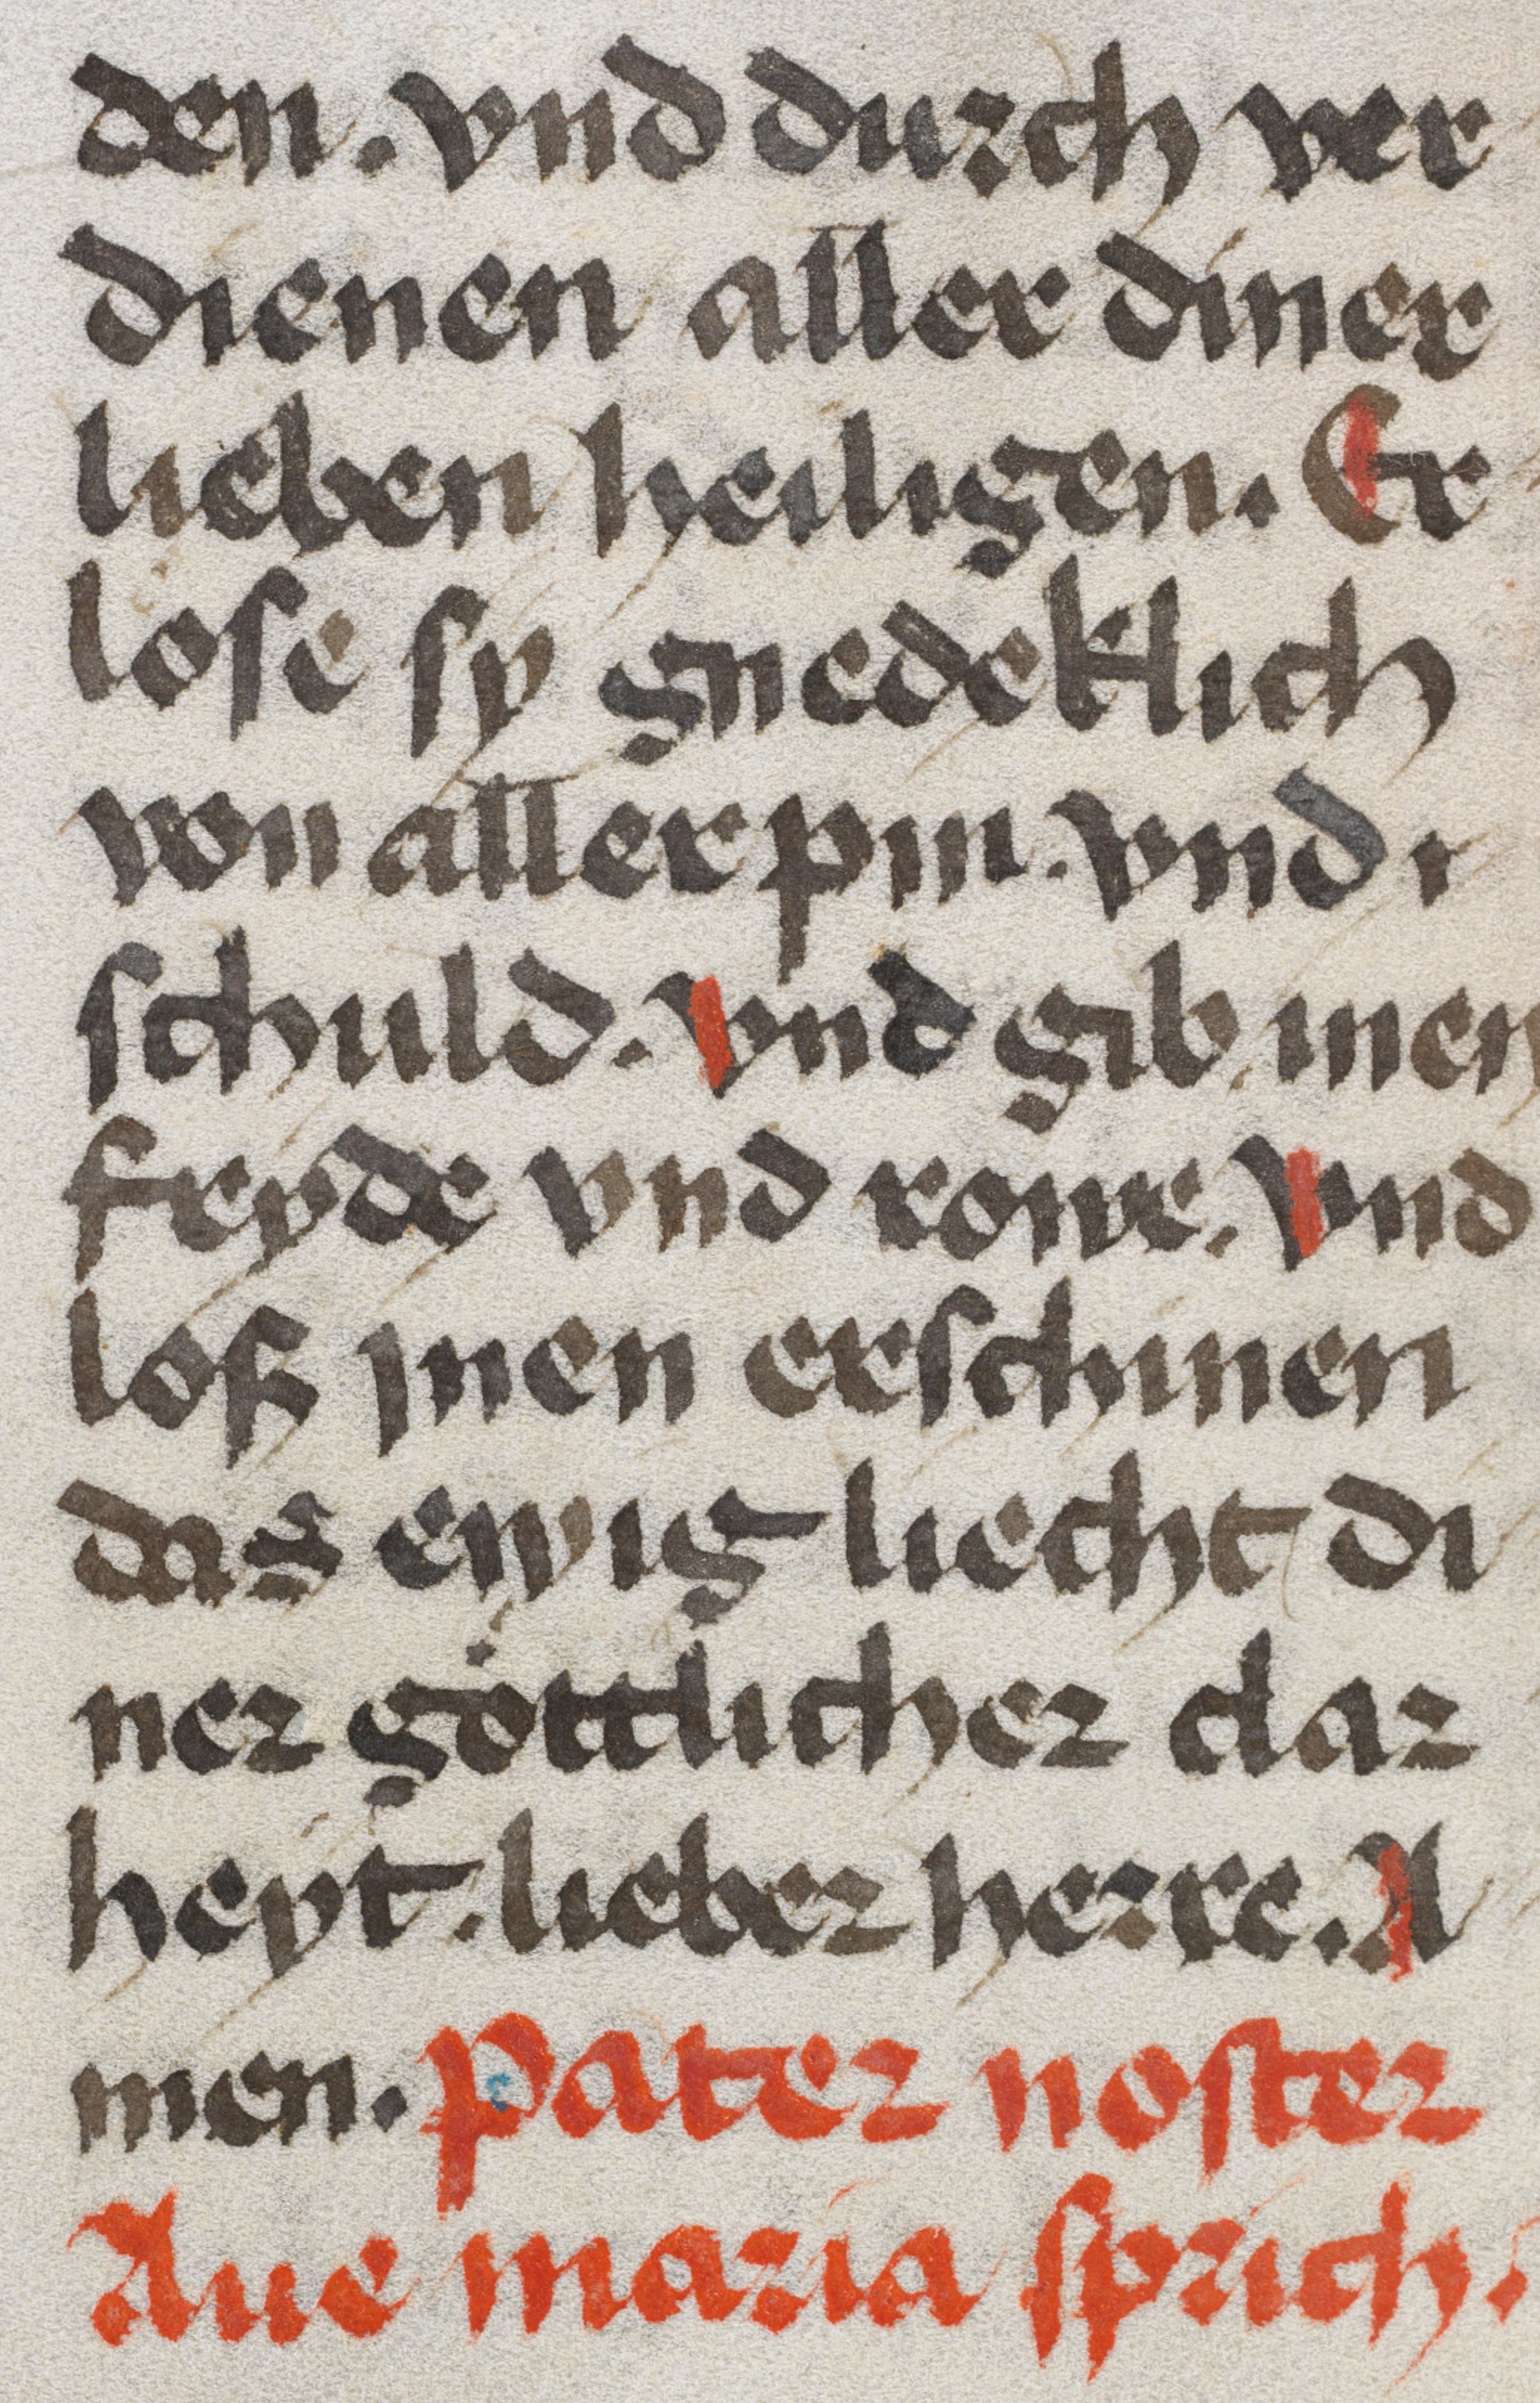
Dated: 1350–1499